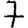
Digit: 7